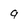
Character: 9